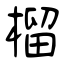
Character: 榴